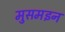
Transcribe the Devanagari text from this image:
मुसमइन